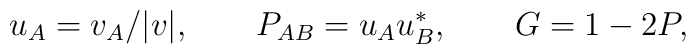
u_A = v_A/|v|, \qquad P_{AB} = u_A u^*_B, \qquad G = 1-2P,